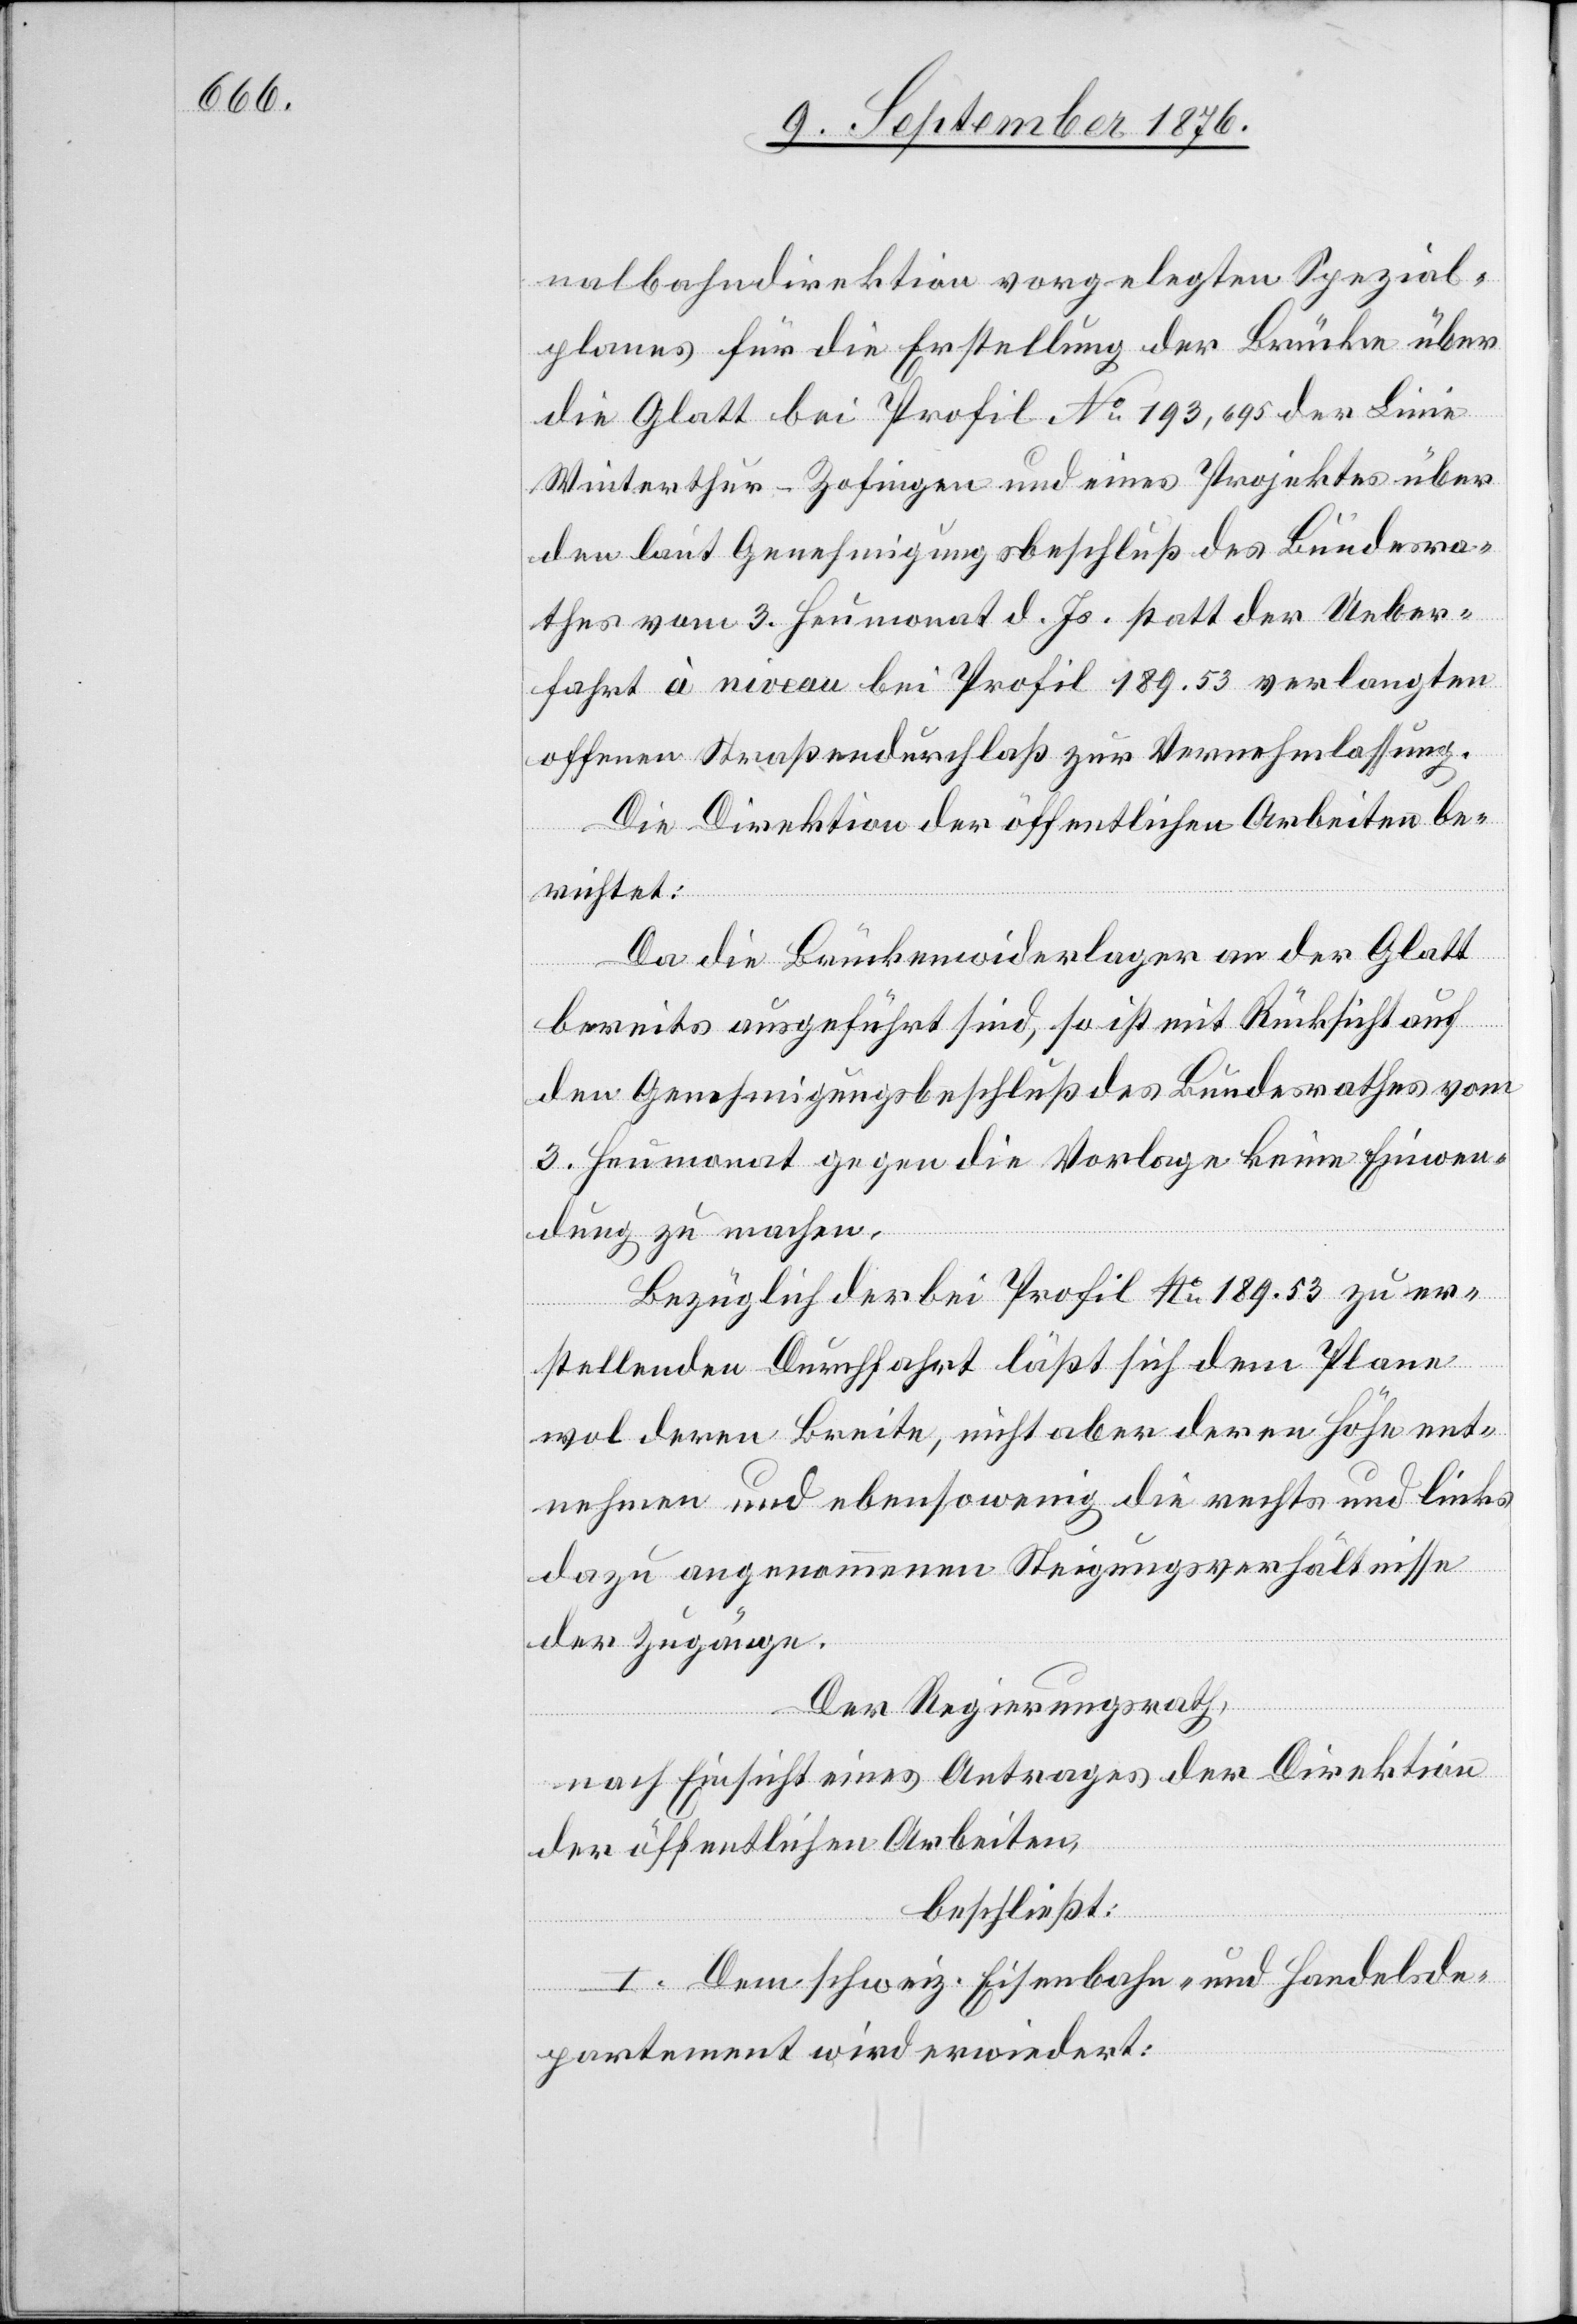
nalbahndirektion vorgelegten Spezial¬
planes für die Erstellung der Brücke über
die Glatt bei Profil No 193,695 der Linie
Winterthur–Zofingen und eines Projektes über
den laut Genehmigungsbeschluß des Bundesra¬
thes vom 3. Heumonat d. Js. statt der Ueber¬
fahrt à niveau bei Profil 189.53 verlangten
offenen Straßendurchlaß zur Vernehmlassung.
Da die Brückenwiderlager an der Glatt
bereits ausgeführt sind, so ist mit Rücksicht auf
den Genehmigungsbeschluß des Bundesrathes vom
3. Heumonat gegen die Vorlage keine Einwen¬
dung zu machen.
Bezüglich der bei Profil No 189.53 zu er¬
stellenden Durchfahrt läßt sich dem Plane
wol deren Breite, nicht aber deren Höhe ent¬
nehmen und ebensowenig die rechts und links
dazu angenommenen Steigungsverhältnisse
der Zugänge.
Der Regierungsrath,
nach Einsicht eines Antrages der Direktion
der öffentlichen Arbeiten,
beschließt:
I. Dem schweiz. Eisenbahn- und Handelsde¬
partement wird erwiedert: